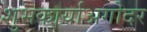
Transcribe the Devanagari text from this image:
शुभकार्याअगोदर